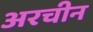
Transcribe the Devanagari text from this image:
अरचीन